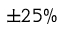
\pm 2 5 \%